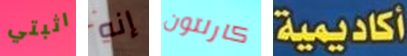
اثبتي إنه كارلتون أكاديمية